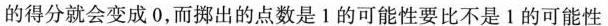
的得分就会变成0，而挪出的点数是1的可能性要比不是1的可能性